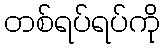
တစ်ရပ်ရပ်ကို